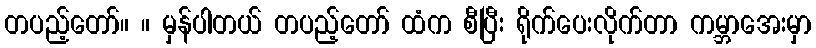
တပည့်တော်။ ။ မှန်ပါတယ် တပည့်တော် ထံက စီပြီး ရိုက်ပေးလိုက်တာ ကမ္ဘာအေးမှာ